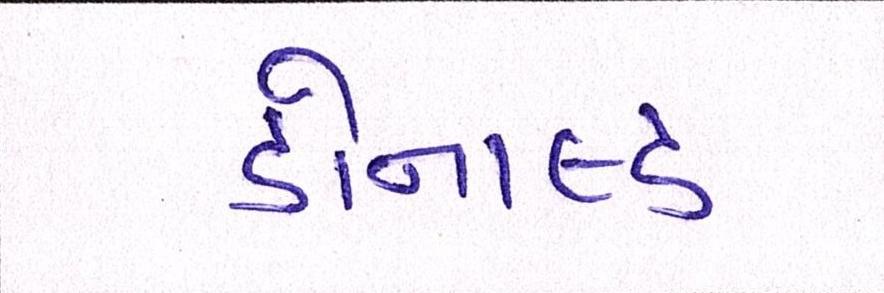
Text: ડોનાલ્ડ